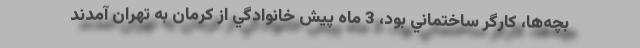
بچه‌ها، كارگر ساختماني بود، 3 ماه پيش خانوادگي از كرمان به تهران آمدند